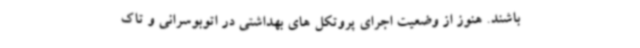
باشند. هنوز از وضعیت اجرای پروتکل های بهداشتی در اتوبوسرانی و تاک